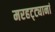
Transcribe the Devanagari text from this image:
मरहट्ट्यानां